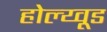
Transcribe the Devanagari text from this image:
होल्य्वूड